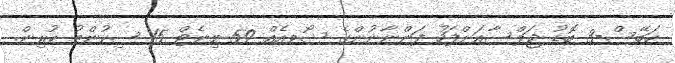
ހަބޭސް-3 ބޮޑު ޖަލްސާއަށްފަހު ފަންނާނުންގެ ޝޯވއެއް 59 މިނެޓް 15 ސިކުންތު ކުރިން.